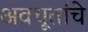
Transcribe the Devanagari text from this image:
अवधूतांचे